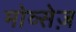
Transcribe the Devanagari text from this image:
मोव्सेज़